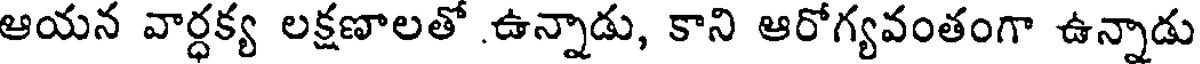
ఆయన వార్ధక్య లక్షణాలతో ఉన్నాడు, కాని ఆరోగ్యవంతంగా ఉన్నాడు